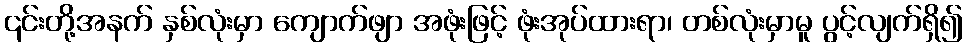
၎င်းတို့အနက် နှစ်လုံးမှာ ကျောက်ဖျာ အဖုံးဖြင့် ဖုံးအုပ်ထားရာ၊ တစ်လုံးမှာမူ ပွင့်လျက်ရှိ၍